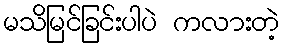
မသိမြင်ခြင်းပါပဲ ကလားတဲ့